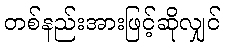
တစ်နည်းအားဖြင့်ဆိုလျှင်